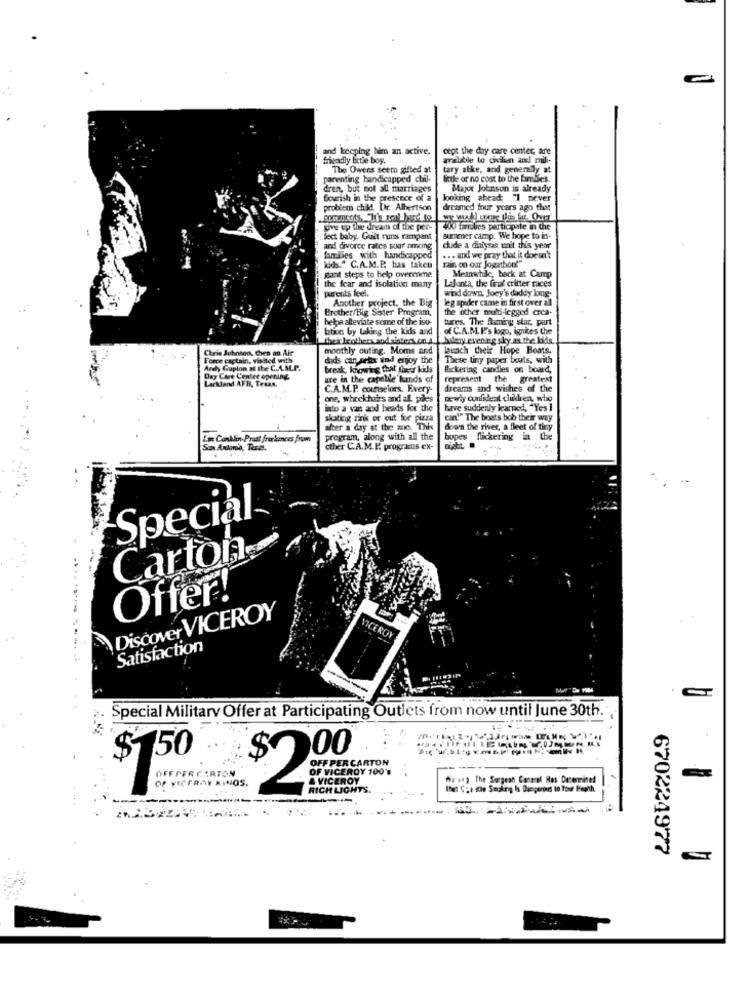
and keeping him an active.
cept the day care center, tre
friendly Little boy.
available to civilun andl mili-
The Owens seem gifted at
tary abike, and generaly at
parenting handicapped chil-
foule or no cost to the fimbles.
Major Johnson is already
looking ahead: "I never
problem child. Dr. Albertson
dreamed four years ago that
give up the dream of the per-
Wow Tantbes participate in the
fect baby. Guilt runs rampant
summer camp. We hope to in-
and divorce rates suar among
dude a dialysis unit this year
families with handicapped
... and we pray that it doesn't
rain on our Jogathon!"
kids." C.A.M.P. has taken
giant steps to help overenme
the fear and isolation many
LaJunta, the frut critter races
Meanwhile, hack at Camp
purents feel.
wind down. Joey's daddy loog-
Another project, the Big
leg spider came in first over all
Brother/Big Sister Program,
the other multi-legged crea-
helpa alleviate some of the iso-
tures. The flaming star, part
Lition by taking the kids and
of C.A.M. P.'s logo, ignites the
their brothers sod sister.co.a
hikay evening sky a.the kids.
Chris Johnson, Chen an Air
monthly outing. Moms and
launch their Hope Boats.
Force captain, visited with
dids can relax and enjoy the
These tiny paper bols, with
Arely Giaplon at the C.A.M.P.
break, knowing that their kids
Eckering candles on board,
Day Care Center opening
Lackland AFR, Texas.
are in the capebile'lunds of
represent the greatest
C.A.M.P. counselors. Every-
dreams and wishes of the
one, whockchairs and al. poles
newly confideal children, who
into a van and heads for the
have suddenly learned, "Yes ]
skating rink or out for pizza
can"" The boats bob their way
after a day at the zoo. This
down the river, a fleet of tiny
LMC
lin Prest freelances from
program, along with all the
bopes flickering in the
San Antonio, Texas.
cther C.A.M.P. prograus ex-
Special
Cartola
Offer!
Discover VICEROY
VICEROY
Satisfaction
Special Military Offer at Participating Outlets from now until June 30th.
$
00
$150
OFF PER CARTON
OFFPER CARTON
---
OF VICEROY KINOS.
OF VICEROY 1001
& VICEROY
ha' ing The Surgeon Camerel Has Determined
RICH LIGHTS.
Ihet C;+ se Smoking Is Dangerous In Your Health
-
670224977